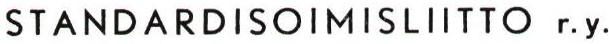
STANDARDISOIMISLIITTO r.y.